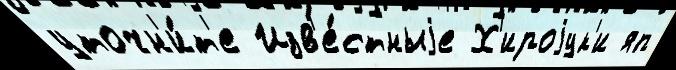
уточн'и́т'е Изв'е́стныjе Х'ироjук'и яп